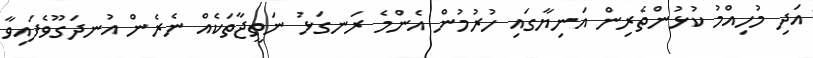
އަދި މުހިއްމު ކުޅުންތެރިން އަނިޔާގައި ހުރުމުން އެންމެ ރަނގަޅު ނަތީޖާތަކެއް ނެރެން އުނދަގޫވެފައިވާ